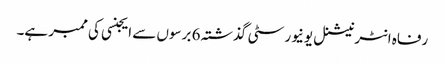
رفاہ انٹرنیشنل یونیورسٹی گذشتہ 6 برسوں سے ایجنسی کی ممبر ہے۔